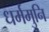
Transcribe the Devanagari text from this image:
धर्ममुनि